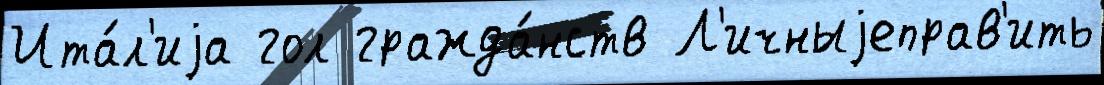
Ита́л'иjа гол гражда́нств Л'ичныjеправ'ить